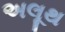
અલૂથ